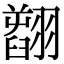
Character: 𦒟